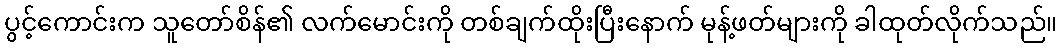
ပွင့်ကောင်းက သူတော်စိန်၏ လက်မောင်းကို တစ်ချက်ထိုးပြီးနောက် မုန့်ဖတ်များကို ခါထုတ်လိုက်သည်။